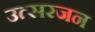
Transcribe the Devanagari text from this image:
उत्सरजन